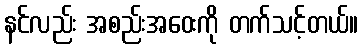
နင်လည်း အစည်းအဝေးကို တက်သင့်တယ်။